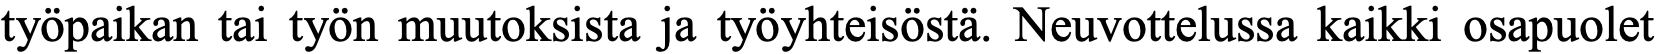
työpaikan tai työn muutoksista ja työyhteisöstä. Neuvottelussa kaikki osapuolet